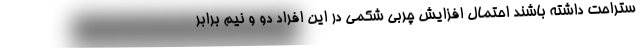
ستراحت داشته باشند احتمال افزایش چربی شکمی در این افراد دو و نیم برابر